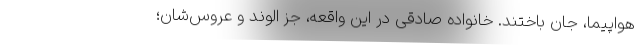
هواپیما، جان باختند. خانواده صادقی در این واقعه، جز الوند و عروس‌شان؛